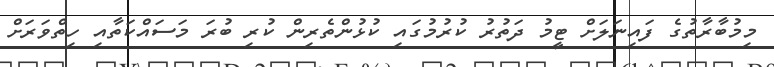
މިމުބާރާތުގެ ފައިނަލަށް ޓީމު ދަތުރު ކުރުމުގައި ކުޅުންތެރިން ކުރި ބުރަ މަސައްކަތާއި ހިތްވަރަށް